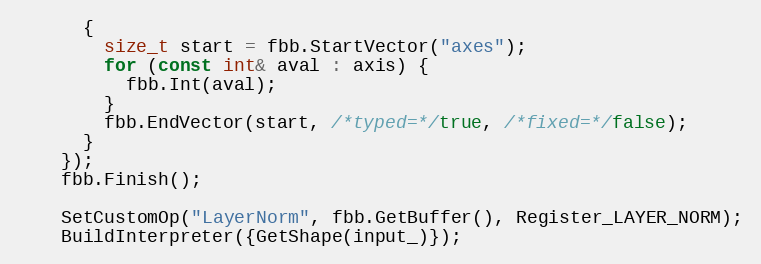
Language: C++
      {
        size_t start = fbb.StartVector("axes");
        for (const int& aval : axis) {
          fbb.Int(aval);
        }
        fbb.EndVector(start, /*typed=*/true, /*fixed=*/false);
      }
    });
    fbb.Finish();

    SetCustomOp("LayerNorm", fbb.GetBuffer(), Register_LAYER_NORM);
    BuildInterpreter({GetShape(input_)});